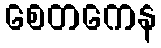
စေတကေန